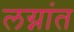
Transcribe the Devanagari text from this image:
लग्नांत